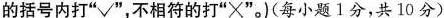
的括号内打“√”，不相符的打“×”。）（每个小题1分，共10分）